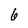
Character: 6